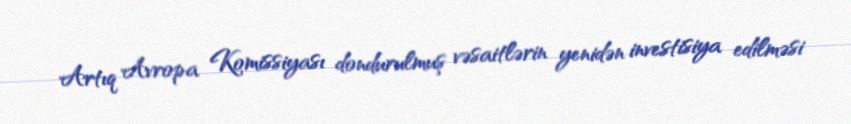
Artıq Avropa Komissiyası dondurulmuş vəsaitlərin yenidən investisiya edilməsi